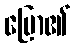
ပြော၏